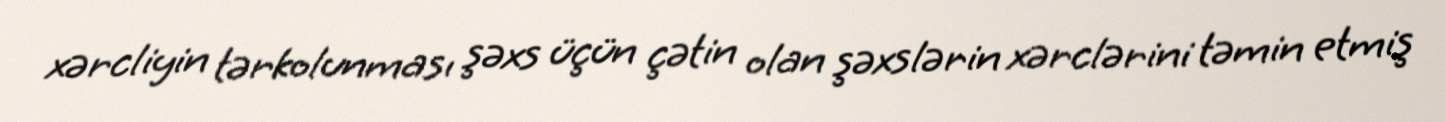
xərcliyin tərkolunması şəxs üçün çətin olan şəxslərin xərclərini təmin etmiş